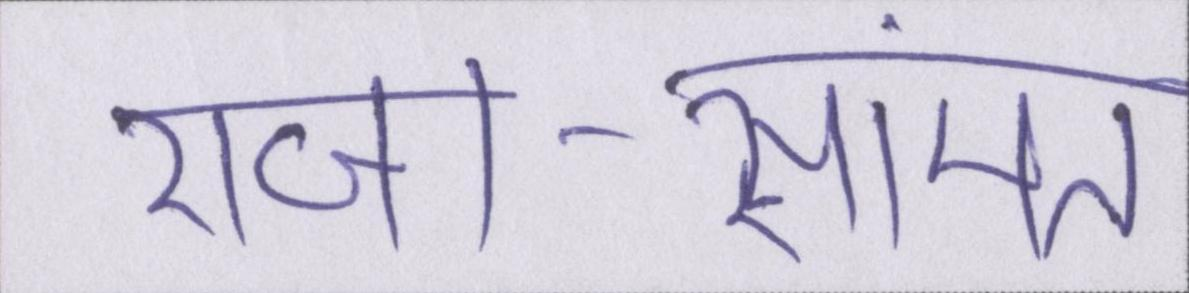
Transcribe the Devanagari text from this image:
राजा-सामंत